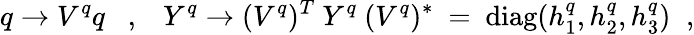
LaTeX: q\rightarrow V^{q}q~\; \; ,\; \; ~Y^{q}\rightarrow(V^{q})^{T}~Y^{q}~(V^{q})^{*}~=~\mathrm{diag}(h_{1}^{q},h_{2}^{q},h_{3}^{q})\; \; ,